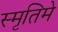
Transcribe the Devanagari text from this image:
स्मृतिमे